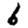
Digit: 6